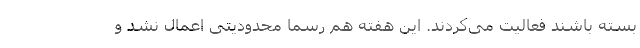
بسته باشند فعالیت می‌کردند. این هفته هم رسما محدودیتی اعمال نشد و